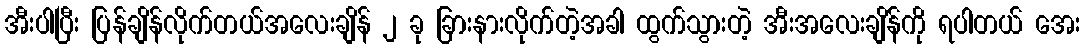
အီးပါပြီး ပြန်ချိန်လိုက်တယ်အလေးချိန် ၂ ခု ခြားနားလိုက်တဲ့အခါ ထွက်သွားတဲ့ အီးအလေးချိန်ကို ရပါတယ် အေး